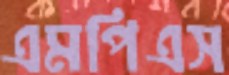
এমপিএস